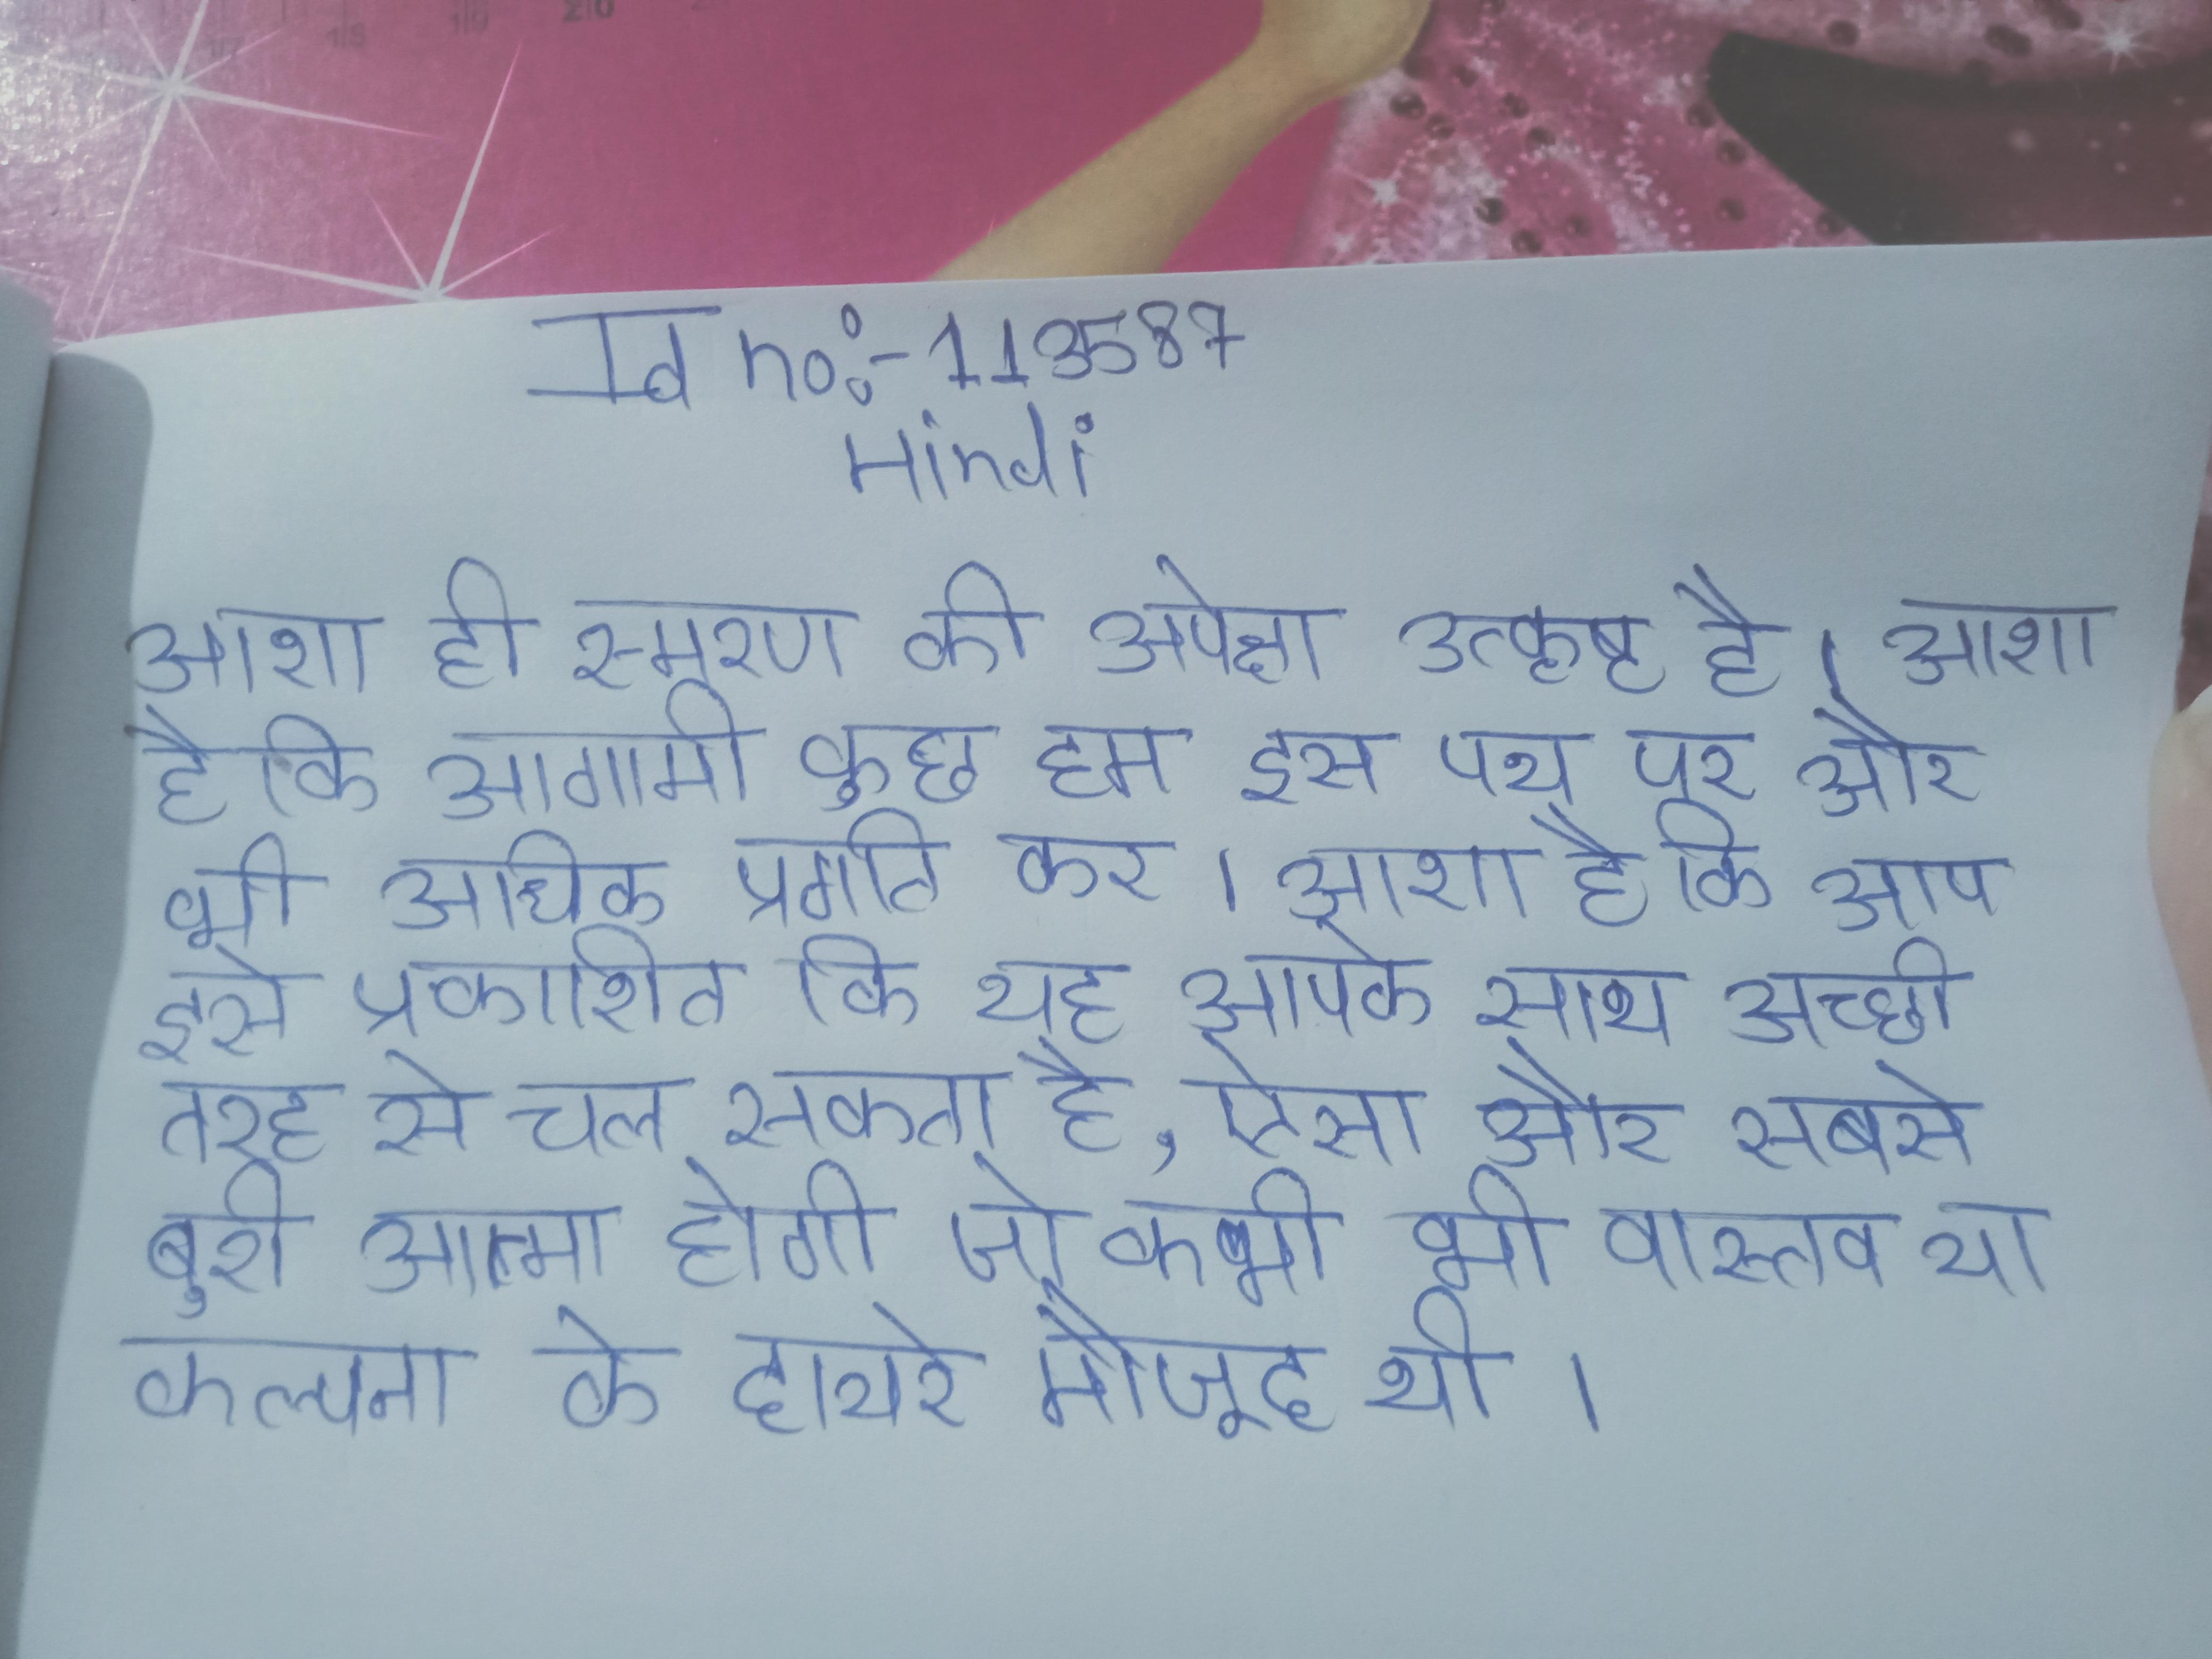
आशा ही स्मरण की अपेक्षा उत्कृष्ट है । आशा है कि आगामी कुछ हम इस पथ पर और भी अधिक प्रगति कर । आशा है कि आप इसे प्रकाशित कि यह आपके साथ अच्छी तरह से चल सकता है, ऐसा और सबसे बुरी आत्मा होगी जो कभी भी वास्तव या कल्पना के दायरे मौजूद थी ।